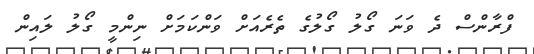
ފްރާންސް ދެ ވަނަ ގޯލު ގޯލުގެ ތެރެއަށް ވަންކަމަށް ނިންމީ ގޯލު ލައިން